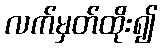
လက်မှတ်ထိုး၍